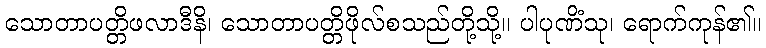
သောတာပတ္တိဖလာဒီနိ၊ သောတာပတ္တိဖိုလ်စသည်တို့သို့။ ပါပုဏိံသု၊ ရောက်ကုန်၏။